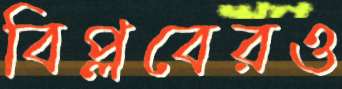
বিপ্লবেরও